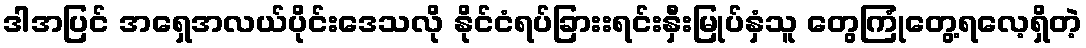
ဒါအပြင် အရှေအလယ်ပိုင်းဒေသလို နိုင်ငံရပ်ခြားးရင်းနှီးမြုပ်နှံသူ တွေကြုံတွေ့ရလေ့ရှိတဲ့